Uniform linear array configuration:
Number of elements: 24
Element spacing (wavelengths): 0.25
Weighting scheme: blackman
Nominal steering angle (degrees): -30
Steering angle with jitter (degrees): -30.927
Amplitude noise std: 0.05
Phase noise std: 0.05

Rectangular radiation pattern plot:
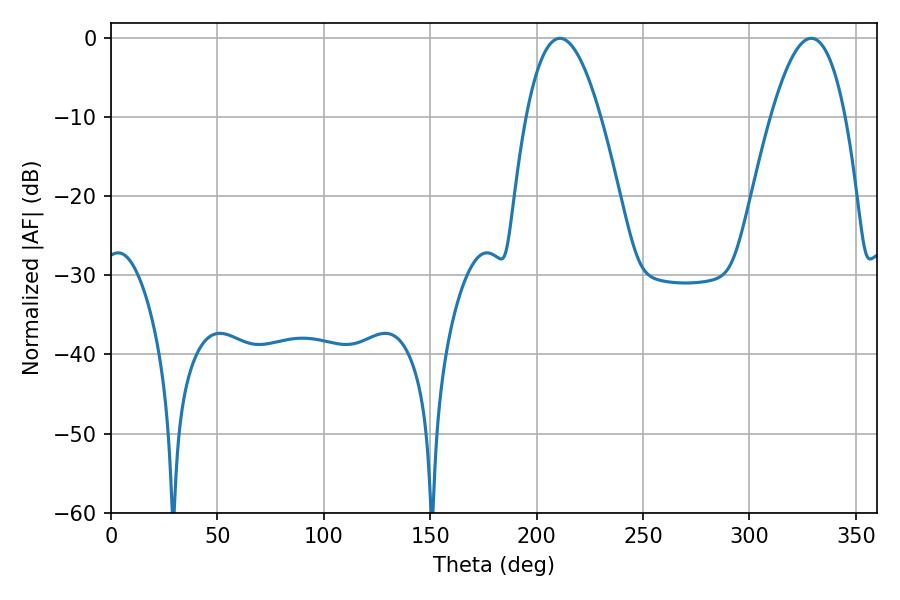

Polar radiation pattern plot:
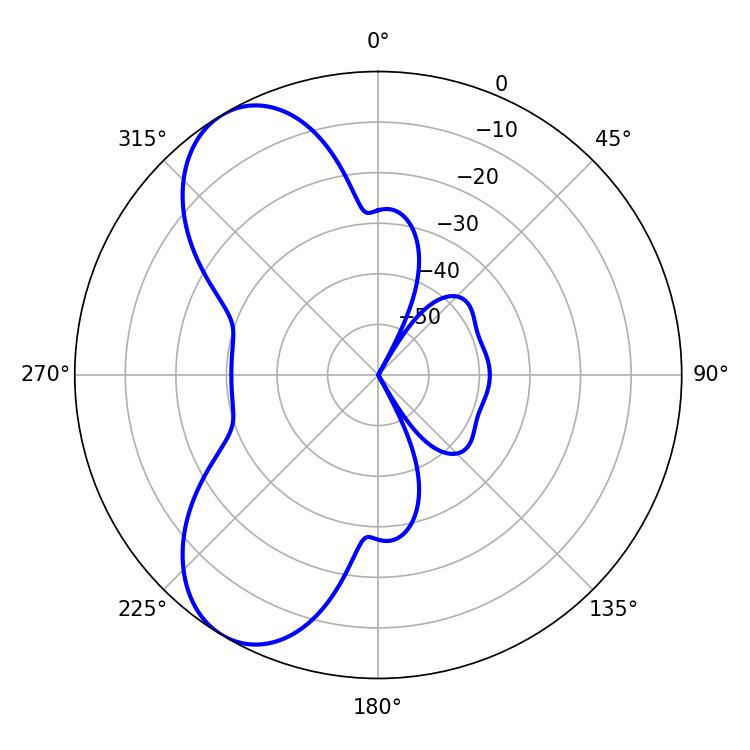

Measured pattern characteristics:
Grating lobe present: FALSE
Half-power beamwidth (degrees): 19.26
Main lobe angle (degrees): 210.96